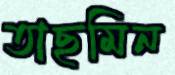
তাছমিন